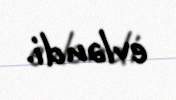
evləndi.